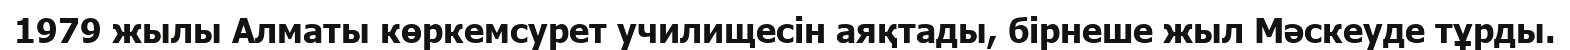
1979 жылы Алматы көркемсурет училищесін аяқтады, бірнеше жыл Мәскеуде тұрды.